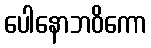
ပေါနောဘဝိကော